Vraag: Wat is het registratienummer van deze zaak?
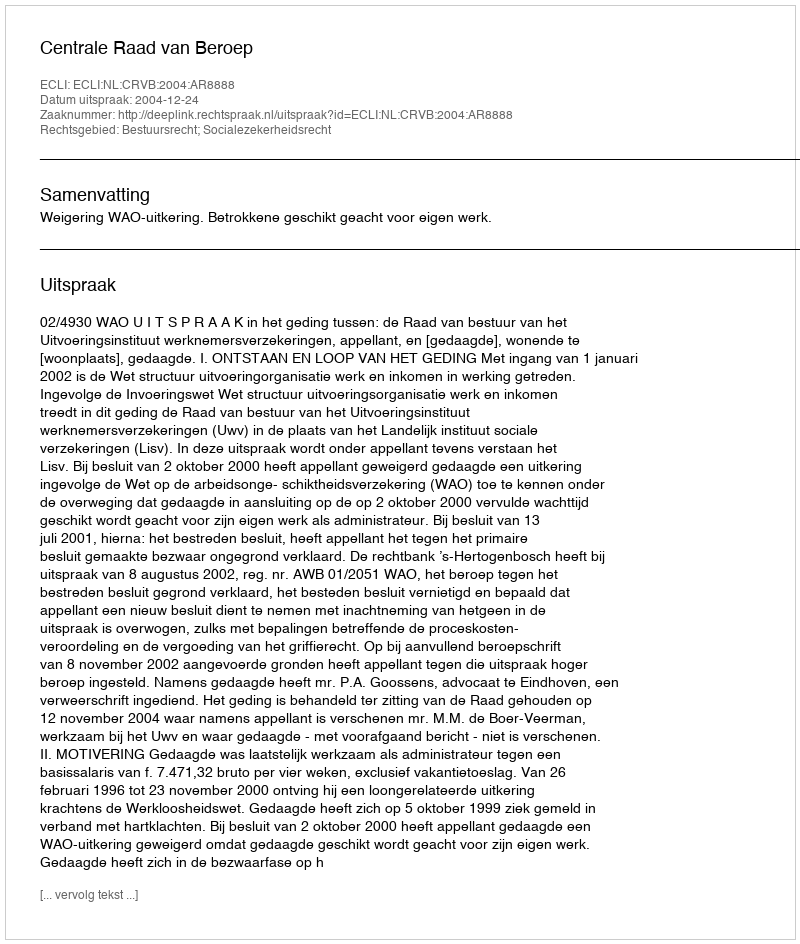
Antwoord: http://deeplink.rechtspraak.nl/uitspraak?id=ECLI:NL:CRVB:2004:AR8888